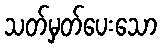
သတ်မှတ်ပေးသော